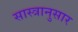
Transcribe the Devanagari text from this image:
सास्त्रानुसार